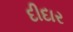
દીદાર